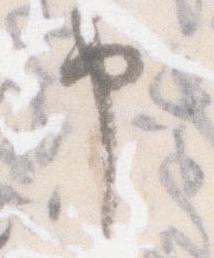
申